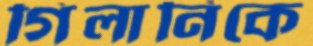
গিলানিকে